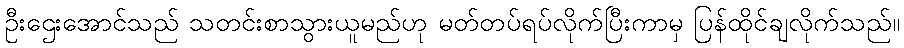
ဦးဌေးအောင်သည် သတင်းစာသွားယူမည်ဟု မတ်တပ်ရပ်လိုက်ပြီးကာမှ ပြန်ထိုင်ချလိုက်သည်။